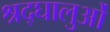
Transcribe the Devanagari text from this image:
श्रद्घालुओं